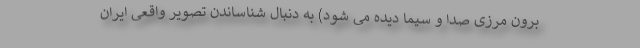
برون مرزی صدا و سیما دیده می شود) به دنبال شناساندن تصویر واقعی ایران